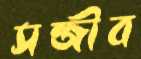
সন্জীব